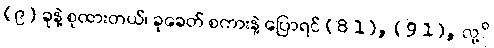
(၉) ခုနဲ့ စုထားတယ်၊ ခုခေတ် စကားနဲ့ ပြောရင် (8 1), (9 1), လု့ိ